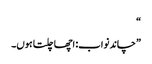
“
”چاند نواب: اچھا چلتا ہوں۔